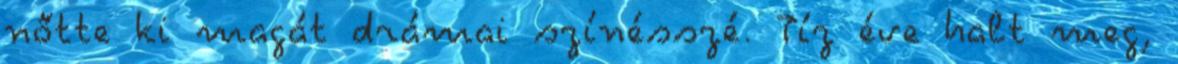
nőtte ki magát drámai színésszé. Tíz éve halt meg,